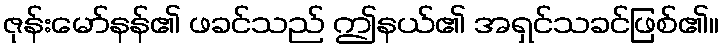
ဇုန်းမော်နန်၏ ဖခင်သည် ဤနယ်၏ အရှင်သခင်ဖြစ်၏။